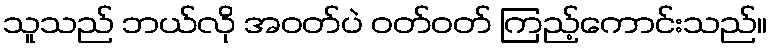
သူသည် ဘယ်လို အဝတ်ပဲ ဝတ်ဝတ် ကြည့်ကောင်းသည်။